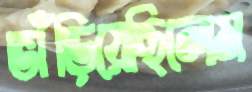
ভাঁড়িয়েছিলেম